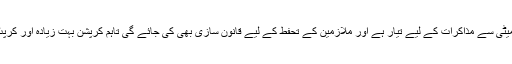
مشاہداللہ نے کہا کہ حکومت جوائنٹ ایکشن کمیٹی سے مذاکرات کے لیے تیار ہے اور ملازمین کے تحفط کے لیے قانون سازی بھی کی جائے گی تاہم کرپشن بہت زیادہ اور کرپٹ افراد کو پکڑنے کے لیے ادارے ناکافی ہیں۔